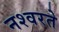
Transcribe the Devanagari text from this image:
नश्वरते